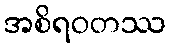
အစိရဝတဿ